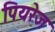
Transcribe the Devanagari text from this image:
पियरेज